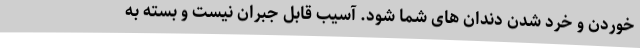
خوردن و خرد شدن دندان های شما شود. آسیب قابل جبران نیست و بسته به